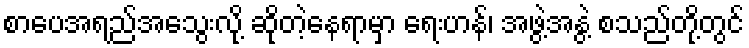
စာပေအရည်အသွေးလို့ ဆိုတဲ့နေရာမှာ ရေးဟန်၊ အဖွဲ့အနွဲ့ စသည်တို့တွင်